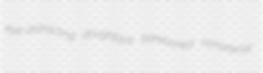
eye-distracting doughface bareboned nonarterial